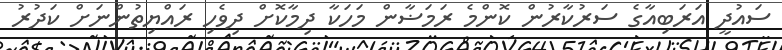
ސައުދީ އަރަބިއާގެ ސަރުކާރުން ކޮންމެ ރަމަޟާން މަހަކާ ދިމާކޮށް ދިވެހި ރައްޔިތުންނަށް ކަދުރު